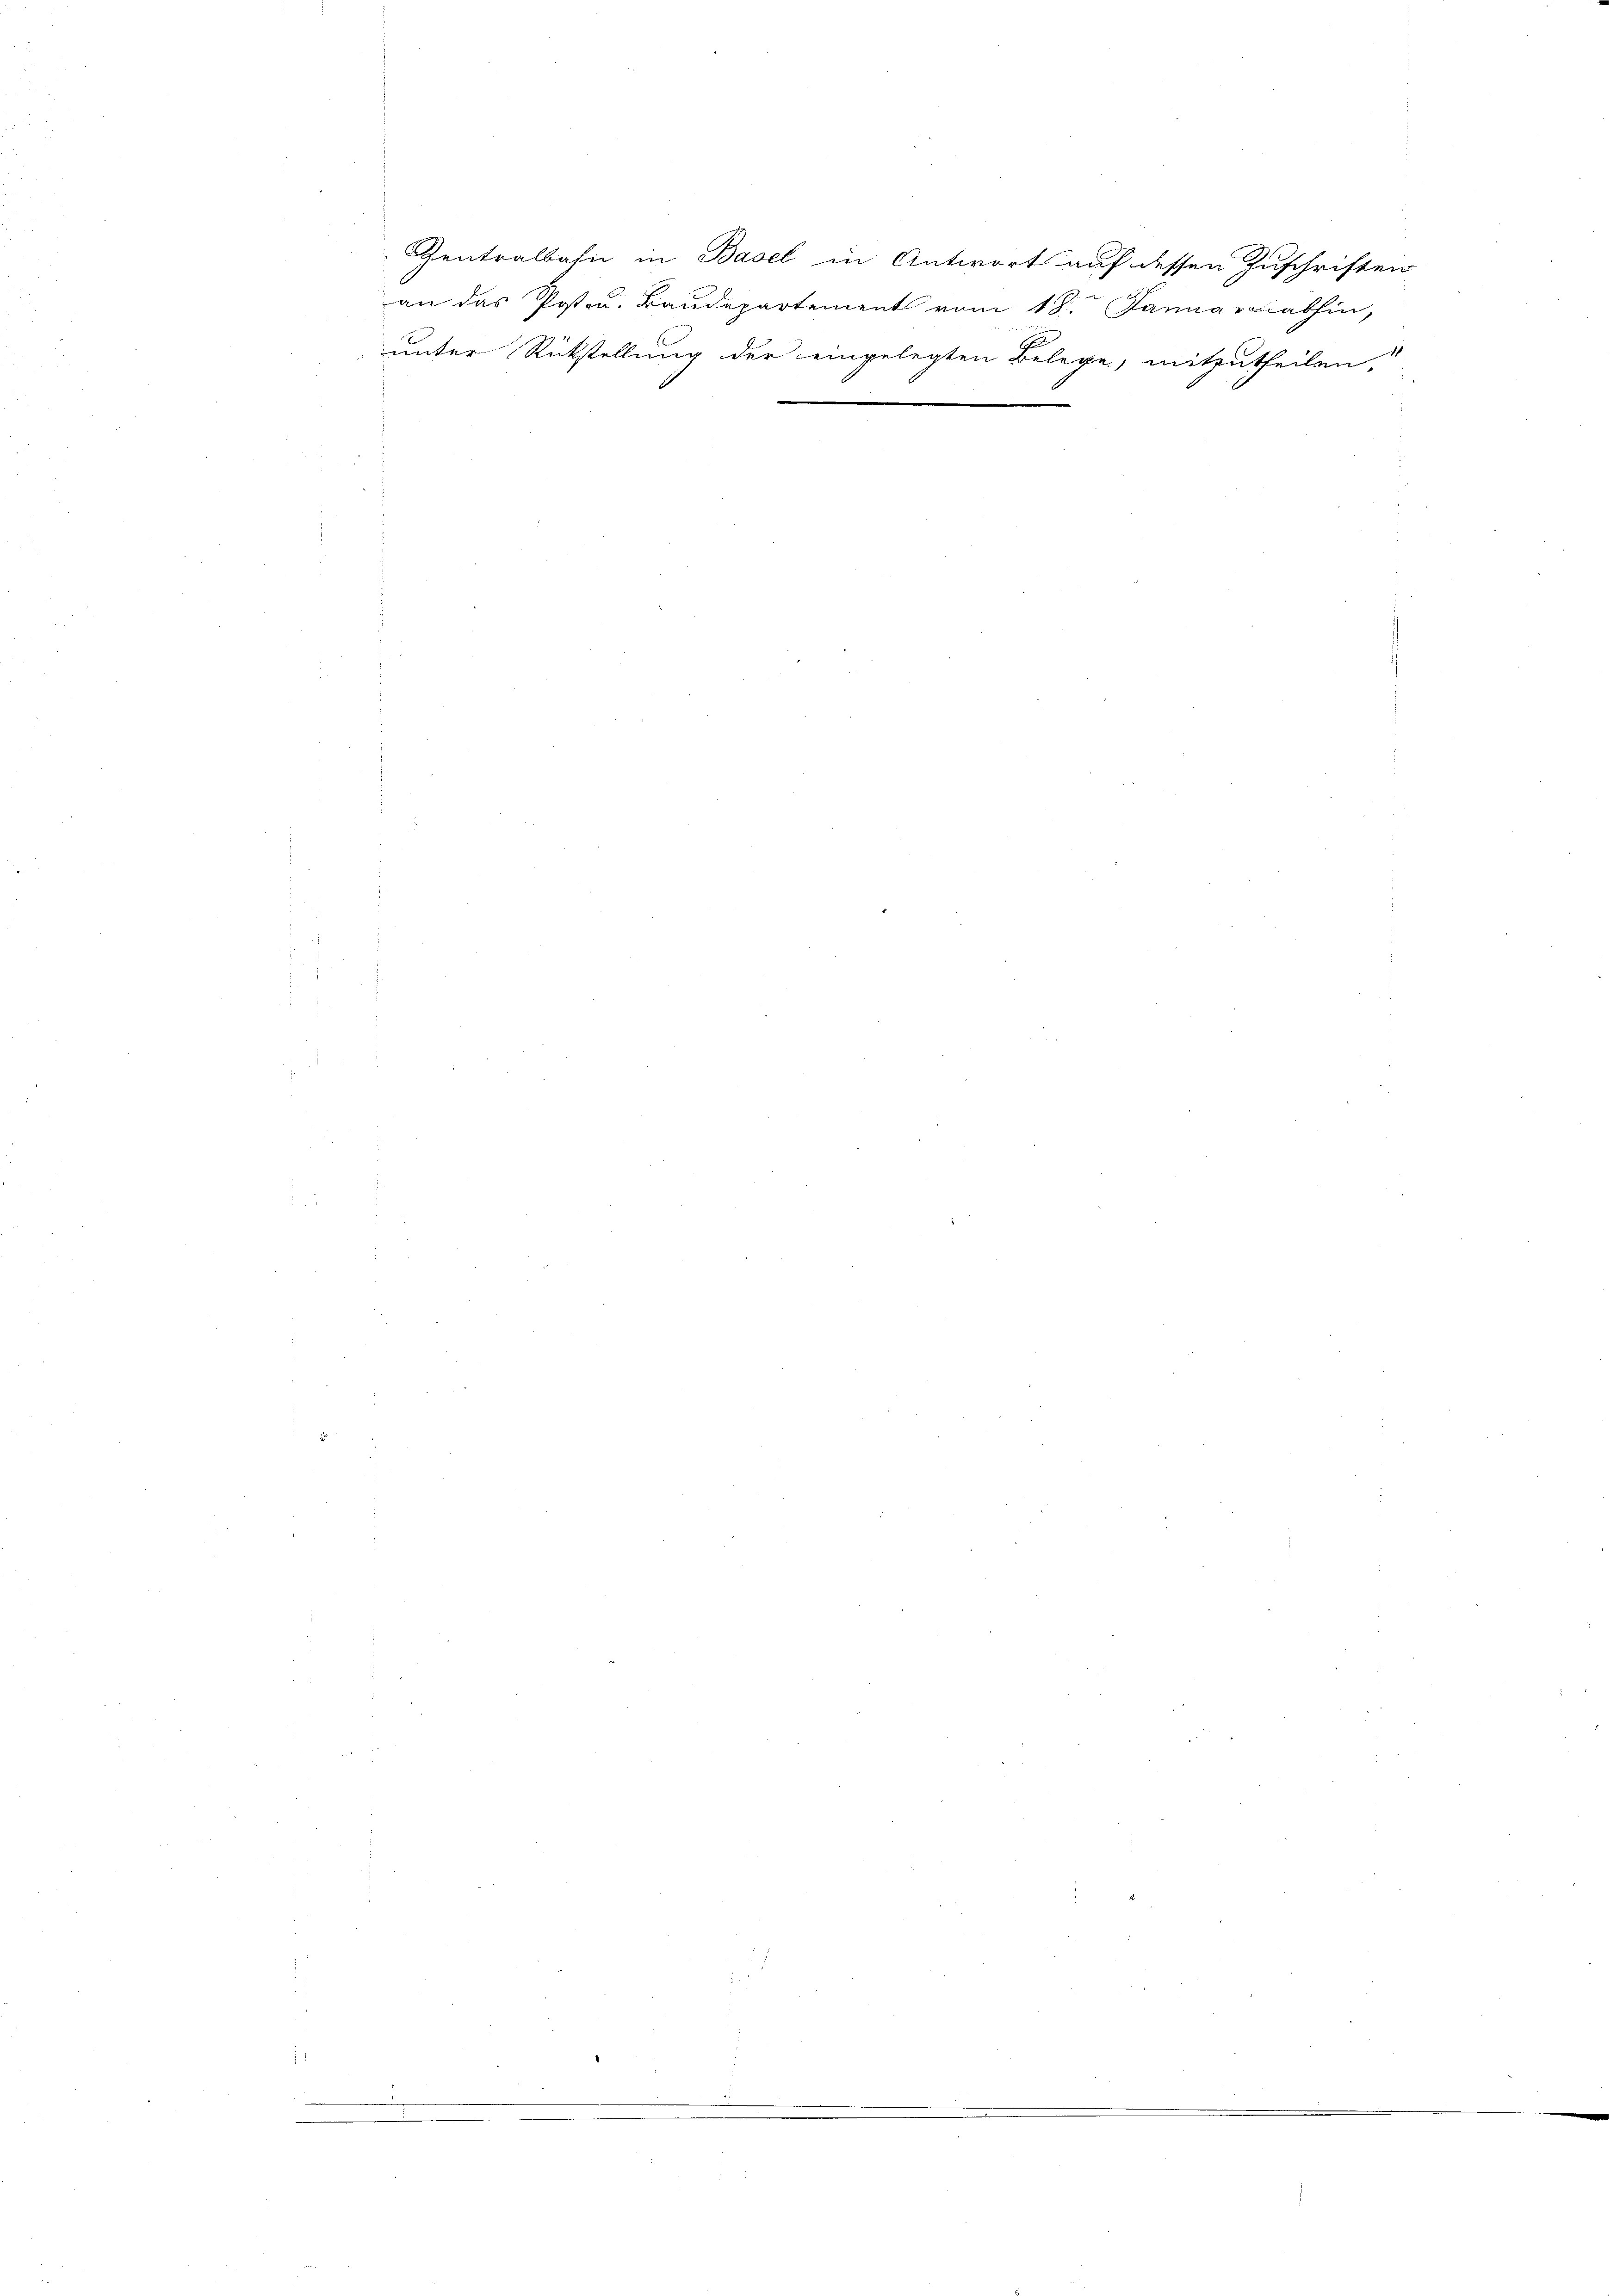
Centralbahn in Basel in Antwort auf dessen Zuschriften
an das Posten. Baudepartement vom 18. Januariathin,
11
unter Rückstellung der eingelegten Belege, mitzutheilen.
.
.